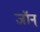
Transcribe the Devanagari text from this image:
जॉन्